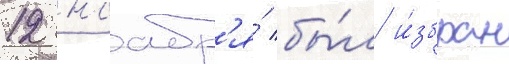
12 ноабр'я́ бы́л и́збран